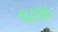
વારસા